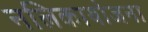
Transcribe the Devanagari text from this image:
नलिकायोजना